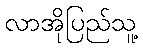
လာအိုပြည်သူ့